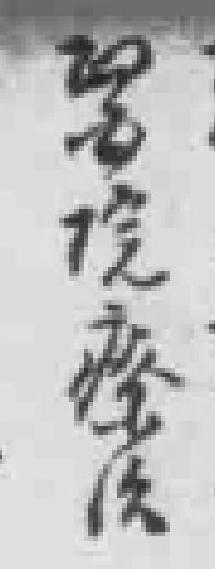
*院療治